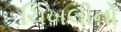
ચિખલીનો